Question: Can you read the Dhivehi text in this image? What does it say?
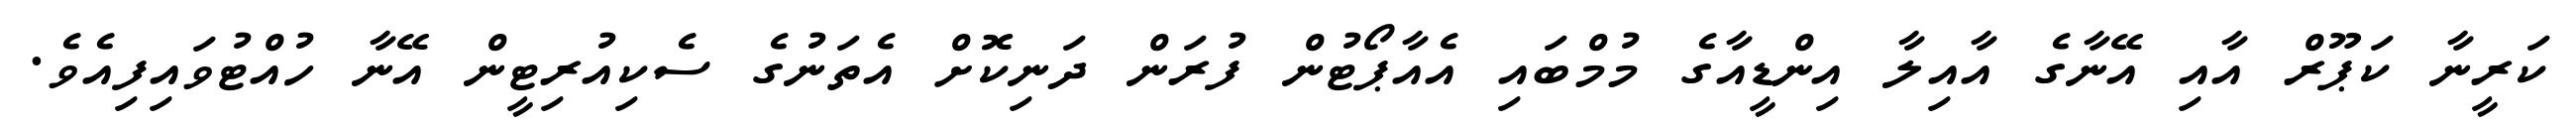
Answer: ކަރީނާ ކަޕޫރް އާއި އޭނާގެ އާއިލާ އިންޑީއާގެ މުމްބައި އެއާޕޯޓުން ފުރަން ދަނިކޮށް އެތަނުގެ ސެކިއުރިޓީން އޭނާ ހުއްޓުވައިފިއެވެ.